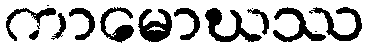
ကာမောဃဿ